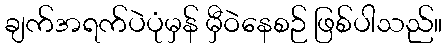
ချက်အရက်ပဲပုံမှန် မှီဝဲနေစဉ် ဖြစ်ပါသည်။